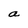
Character: a